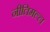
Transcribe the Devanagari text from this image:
नीतिमल्ल